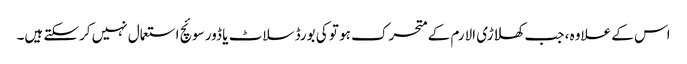
اس کے علاوہ ، جب کھلاڑی الارم کے متحرک ہو تو کی بورڈ سلاٹ یا ڈور سوئچ استعمال نہیں کرسکتے ہیں۔